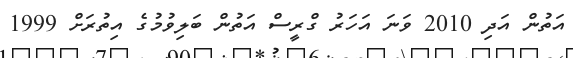
އަތުން އަދި 2010 ވަނަ އަހަރު ގްރީސް އަތުން ބަލިވުމުގެ އިތުރަށް 1999